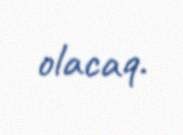
olacaq.